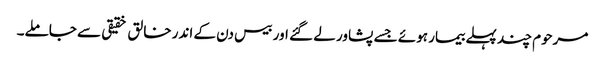
مرحوم چند پہلے بیمار ہوئے جسے پشاور لے گئے اور بیس دن کے اندر خالق خقیقی سے جاملے۔